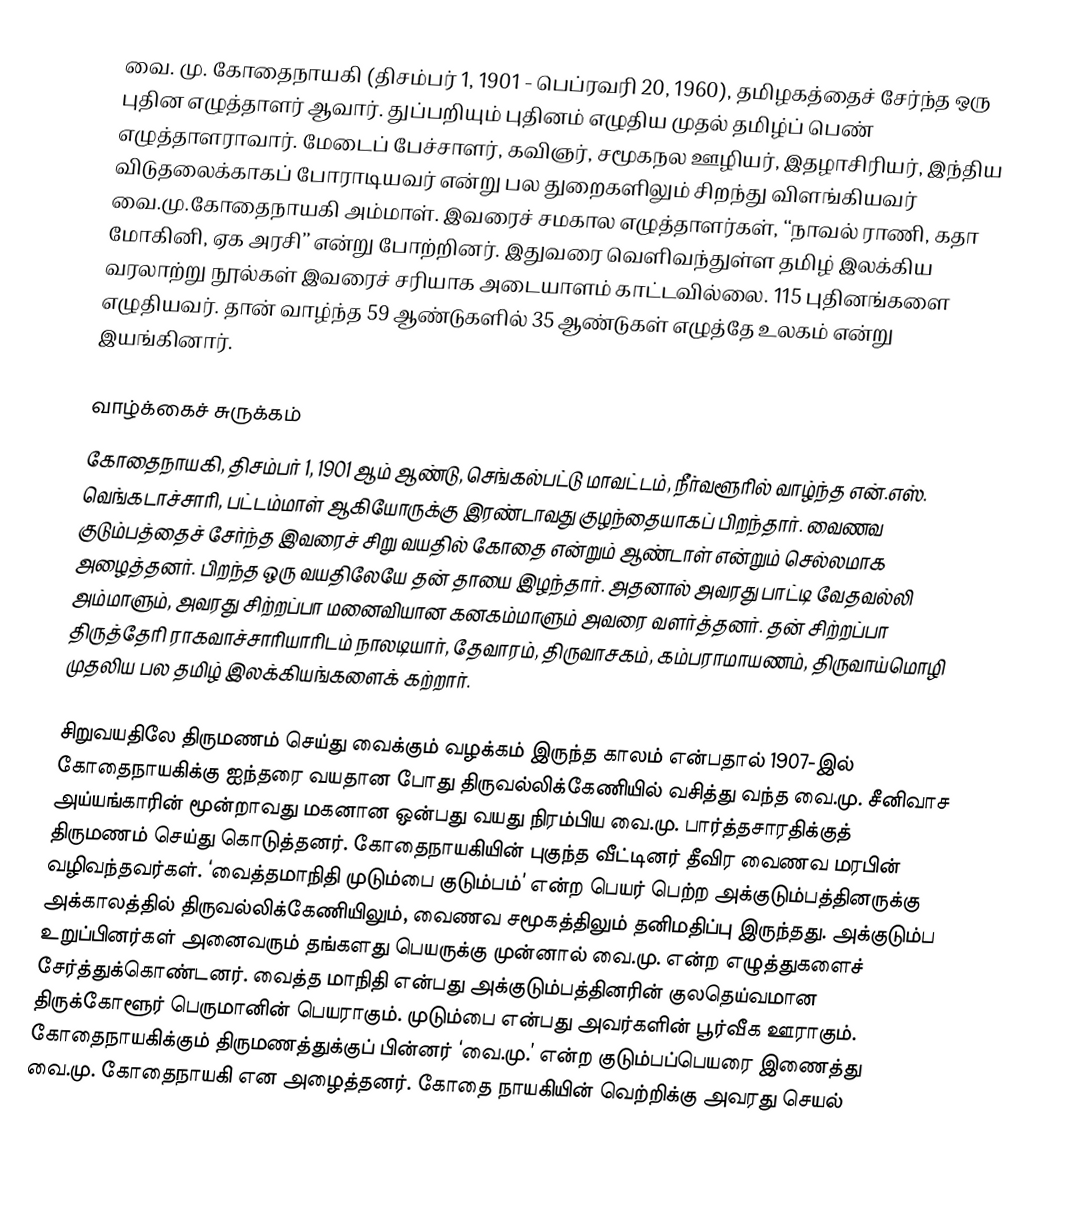
வை. மு. கோதைநாயகி (திசம்பர் 1, 1901 - பெப்ரவரி 20, 1960), தமிழகத்தைச் சேர்ந்த ஒரு புதின எழுத்தாளர் ஆவார். துப்பறியும் புதினம் எழுதிய முதல் தமிழ்ப் பெண் எழுத்தாளராவார்.  மேடைப் பேச்சாளர், கவிஞர், சமூகநல ஊழியர், இதழாசிரியர், இந்திய விடுதலைக்காகப் போராடியவர் என்று பல துறைகளிலும் சிறந்து விளங்கியவர் வை.மு.கோதைநாயகி அம்மாள். இவரைச் சமகால எழுத்தாளர்கள், ‘‘நாவல் ராணி, கதா மோகினி, ஏக அரசி’’ என்று போற்றினர். இதுவரை வெளிவந்துள்ள தமிழ் இலக்கிய வரலாற்று நூல்கள் இவரைச் சரியாக அடையாளம் காட்டவில்லை. 115 புதினங்களை எழுதியவர். தான் வாழ்ந்த 59 ஆண்டுகளில் 35 ஆண்டுகள் எழுத்தே உலகம் என்று இயங்கினார்.

வாழ்க்கைச் சுருக்கம்
கோதைநாயகி, திசம்பர் 1, 1901 ஆம் ஆண்டு, செங்கல்பட்டு மாவட்டம், நீர்வளூரில் வாழ்ந்த என்.எஸ். வெங்கடாச்சாரி, பட்டம்மாள் ஆகியோருக்கு இரண்டாவது குழந்தையாகப் பிறந்தார். வைணவ குடும்பத்தைச் சேர்ந்த இவரைச் சிறு வயதில் கோதை என்றும் ஆண்டாள் என்றும் செல்லமாக அழைத்தனர். பிறந்த ஒரு வயதிலேயே தன் தாயை இழந்தார். அதனால் அவரது பாட்டி வேதவல்லி அம்மாளும், அவரது சிற்றப்பா மனைவியான கனகம்மாளும் அவரை வளர்த்தனர். தன் சிற்றப்பா திருத்தேரி ராகவாச்சாரியாரிடம் நாலடியார், தேவாரம், திருவாசகம், கம்பராமாயணம், திருவாய்மொழி முதலிய பல தமிழ் இலக்கியங்களைக் கற்றார்.

சிறுவயதிலே திருமணம் செய்து வைக்கும் வழக்கம் இருந்த காலம் என்பதால் 1907-இல் கோதைநாயகிக்கு ஐந்தரை வயதான போது திருவல்லிக்கேணியில் வசித்து வந்த வை.மு. சீனிவாச அய்யங்காரின் மூன்றாவது மகனான ஒன்பது வயது நிரம்பிய வை.மு. பார்த்தசாரதிக்குத் திருமணம் செய்து கொடுத்தனர். கோதைநாயகியின் புகுந்த வீட்டினர் தீவிர வைணவ மரபின் வழிவந்தவர்கள். ‘வைத்தமாநிதி முடும்பை குடும்பம்’ என்ற பெயர் பெற்ற அக்குடும்பத்தினருக்கு அக்காலத்தில் திருவல்லிக்கேணியிலும், வைணவ சமூகத்திலும் தனிமதிப்பு இருந்தது. அக்குடும்ப உறுப்பினர்கள் அனைவரும் தங்களது பெயருக்கு முன்னால் வை.மு. என்ற எழுத்துகளைச் சேர்த்துக்கொண்டனர். வைத்த மாநிதி என்பது அக்குடும்பத்தினரின் குலதெய்வமான திருக்கோளூர் பெருமானின் பெயராகும். முடும்பை என்பது அவர்களின் பூர்வீக ஊராகும். கோதைநாயகிக்கும் திருமணத்துக்குப் பின்னர் ‘வை.மு.’ என்ற குடும்பப்பெயரை இணைத்து வை.மு. கோதைநாயகி என அழைத்தனர். கோதை நாயகியின்  வெற்றிக்கு அவரது செயல்